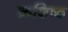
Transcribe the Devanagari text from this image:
क्रशिष्ठ